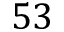
5 3